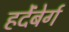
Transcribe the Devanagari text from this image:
हर्देंबेर्ग